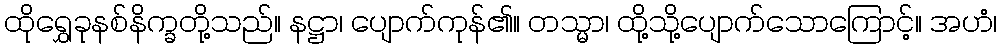
ထိုရွှေခုနစ်နိက္ခတို့သည်။ နဋ္ဌာ၊ ပျောက်ကုန်၏။ တသ္မာ၊ ထို့သို့ပျောက်သောကြောင့်။ အဟံ၊